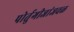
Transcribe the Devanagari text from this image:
पोर्तुगीजांजवळ